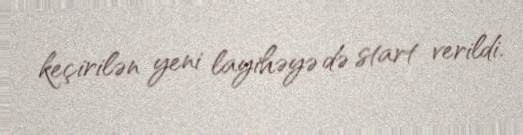
keçirilən yeni layihəyə də start verildi.